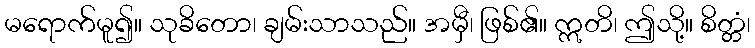
မရောက်မူ၍။ သုခိတော၊ ချမ်းသာသည်။ အမှီ၊ ဖြစ်၏။ ဣတိ၊ ဤသို့။ စိတ္တံ၊